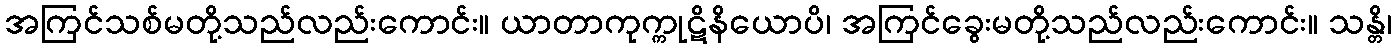
အကြင်သစ်မတို့သည်လည်းကောင်း။ ယာတာကုက္ကုဋိနိယောပိ၊ အကြင်ခွေးမတို့သည်လည်းကောင်း။ သန္တိ၊